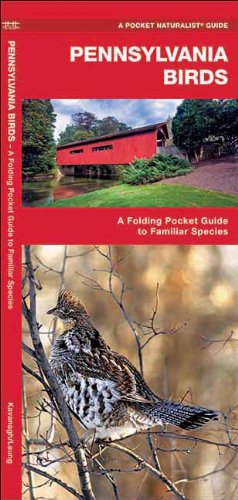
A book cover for Pennsylvania Birds: A Folding Pocket Guide to Familiar Species (Pocket Naturalist Guide Series); James Kavanagh; Travel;